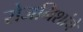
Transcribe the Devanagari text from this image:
रोजनिशांचे